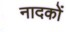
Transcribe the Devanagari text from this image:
नादकों